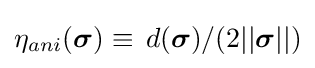
{{\eta }_{ani}}({\boldsymbol {\sigma }})\equiv \,d({\boldsymbol {\sigma }})/(2||{\boldsymbol {\sigma }}||)